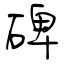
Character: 碑